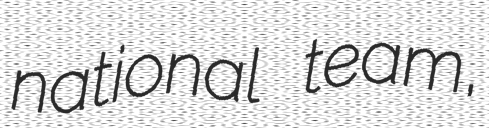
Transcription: national team,